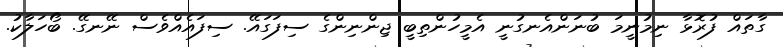
ގާތައް ފުރޮޅާ ނިމުނީމަ ބުނަންއެނގުނީ އެމީހުންތިބީ ޖިންނިންގެ ސިފަގައޭ. ސިފައެއްވެސް ނޭނގޭ. ބޯހަލާކު.